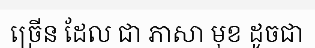
ច្រើន ដែល ជា ភាសា មុខ ដូចជា